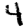
Digit: 4